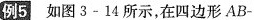
例5 如图3-14所示，在四边形AB-